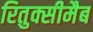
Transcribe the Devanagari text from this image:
रितुक्सीमैब